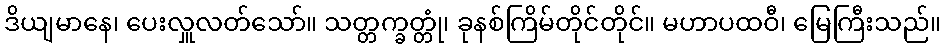
ဒိယျမာနေ၊ ပေးလှူလတ်သော်။ သတ္တက္ခတ္တုံ၊ ခုနစ်ကြိမ်တိုင်တိုင်။ မဟာပထဝီ၊ မြေကြီးသည်။